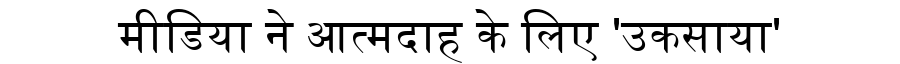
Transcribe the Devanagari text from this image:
मीडिया ने आत्मदाह के लिए 'उकसाया'